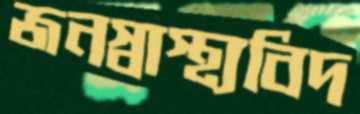
জনস্বাস্থ্যবিদ